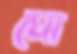
ঘো